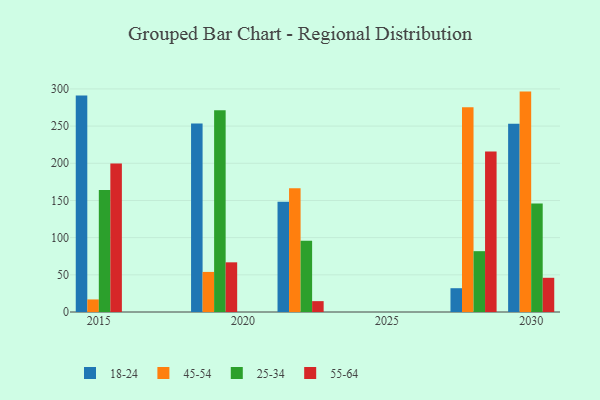
{"axis": {"x": "Year", "y": "Operating Costs (USD K)"}, "legend": ["18-24", "25-34", "45-54", "55-64"], "data": [{"x": "2015", "y": 291.3, "type": "18-24"}, {"x": "2015", "y": 16.9, "type": "45-54"}, {"x": "2015", "y": 164.1, "type": "25-34"}, {"x": "2015", "y": 199.7, "type": "55-64"}, {"x": "2028", "y": 32.0, "type": "18-24"}, {"x": "2028", "y": 275.5, "type": "45-54"}, {"x": "2028", "y": 81.8, "type": "25-34"}, {"x": "2028", "y": 216.0, "type": "55-64"}, {"x": "2030", "y": 253.1, "type": "18-24"}, {"x": "2030", "y": 296.4, "type": "45-54"}, {"x": "2030", "y": 145.8, "type": "25-34"}, {"x": "2030", "y": 46.0, "type": "55-64"}, {"x": "2022", "y": 148.1, "type": "18-24"}, {"x": "2022", "y": 166.3, "type": "45-54"}, {"x": "2022", "y": 95.7, "type": "25-34"}, {"x": "2022", "y": 14.6, "type": "55-64"}, {"x": "2019", "y": 253.5, "type": "18-24"}, {"x": "2019", "y": 53.9, "type": "45-54"}, {"x": "2019", "y": 271.4, "type": "25-34"}, {"x": "2019", "y": 66.8, "type": "55-64"}]}